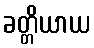
ခတ္တိယာယ